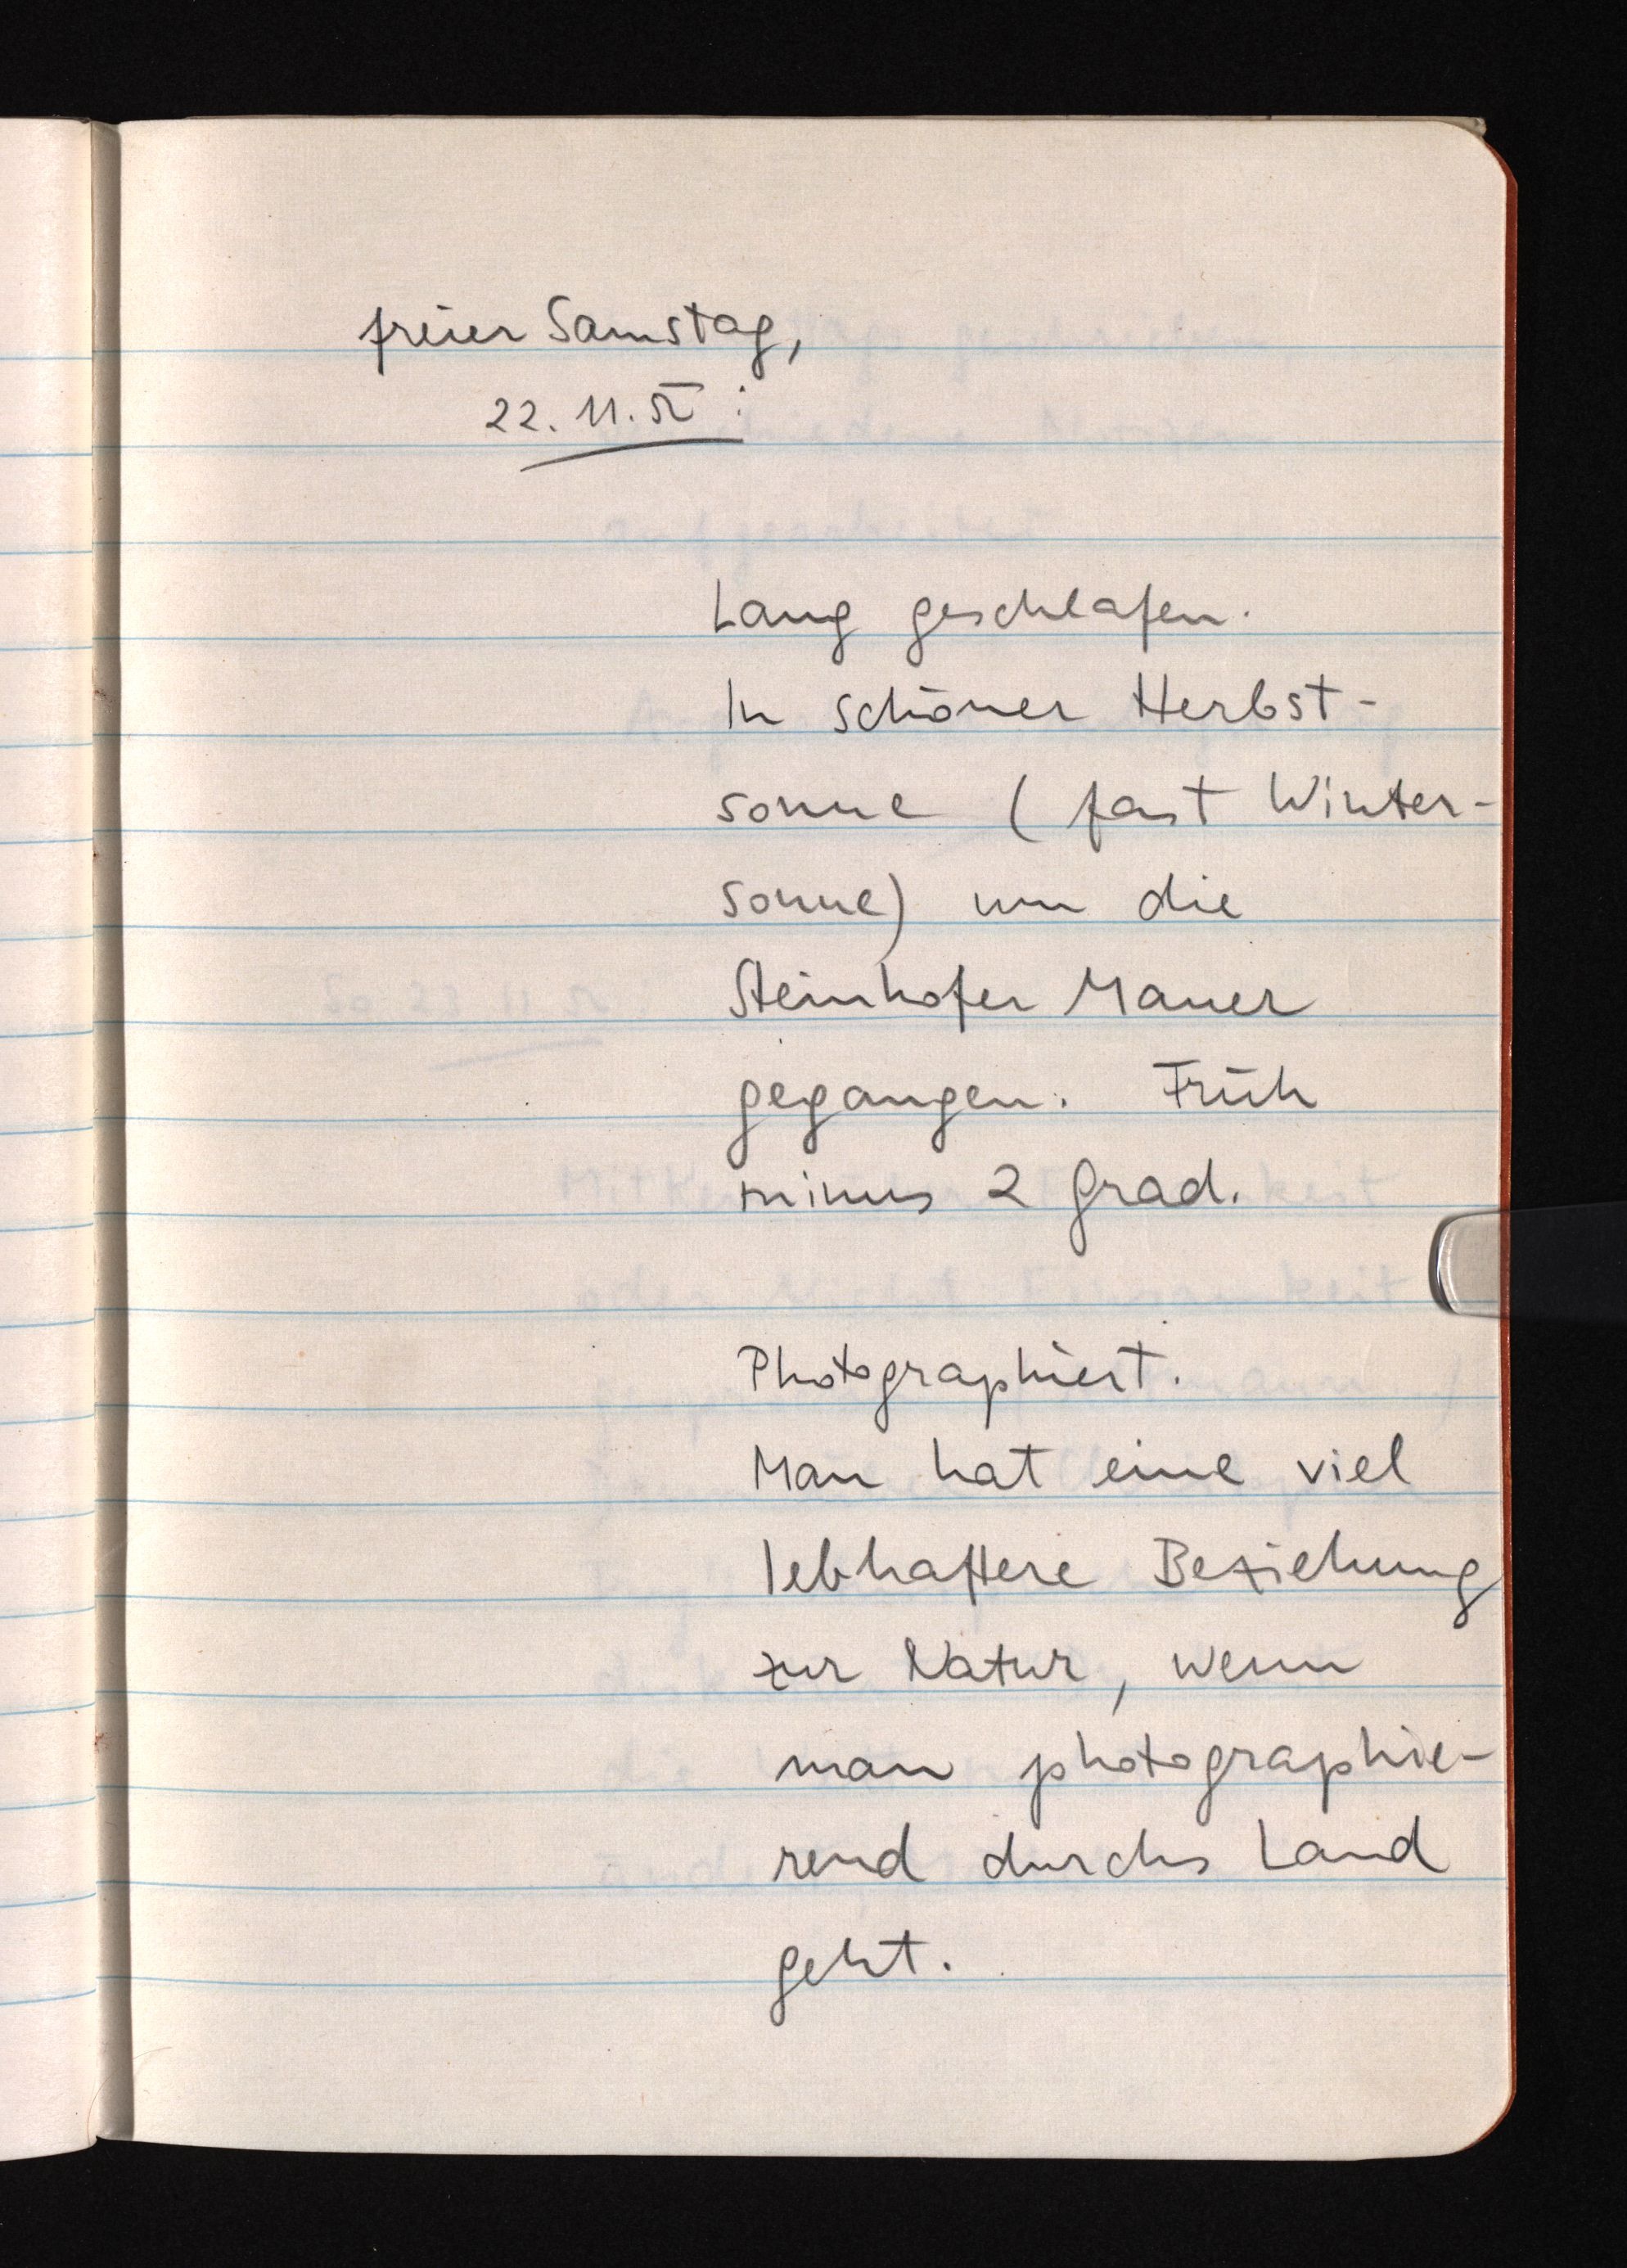
freier Samstag,
22.11.52:
Lang geschlafen.
In schöner Herbst¬
sonne (fast Winter¬
sonne) um die
Steinhofer Mauer
gegangen. Früh
minus 2 Grad.
Photographiert.
Man hat eine viel
lebhaftere Beziehung
zur Natur, wenn
man photographie¬
rend durchs Land
geht.